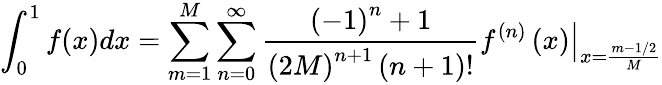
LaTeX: \int_{0}^{1}{f(x)dx}=\sum_{m=1}^{M}{\sum_{n=0}^{\infty}{{\frac{{{\left({-1}\right)}^{n}}+1}{{{\left({2M}\right)}^{n+1}}\left({n+1}\right)!}}{{\left.{{f^{\left(n\right)}}\left(x\right)}\right|}_{x={\frac{m-1/2}{M}}}}}}